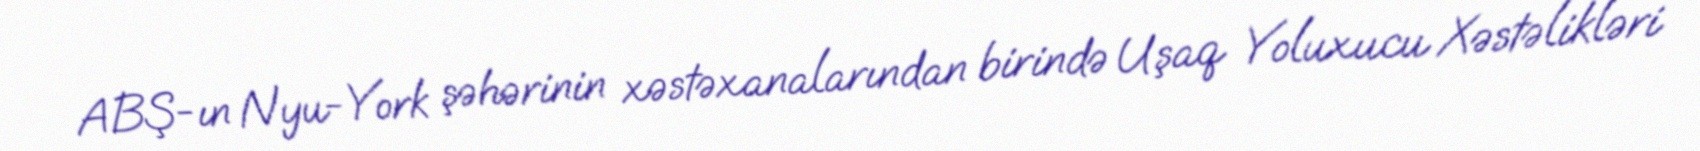
ABŞ-ın Nyu-York şəhərinin xəstəxanalarından birində Uşaq Yoluxucu Xəstəlikləri